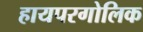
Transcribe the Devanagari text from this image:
हायपरगोलिक